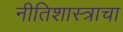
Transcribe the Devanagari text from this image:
नीतिशास्त्राचा